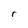
Character: r